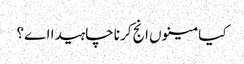
کیا مینوں انج کرنا چاہیدا اے؟